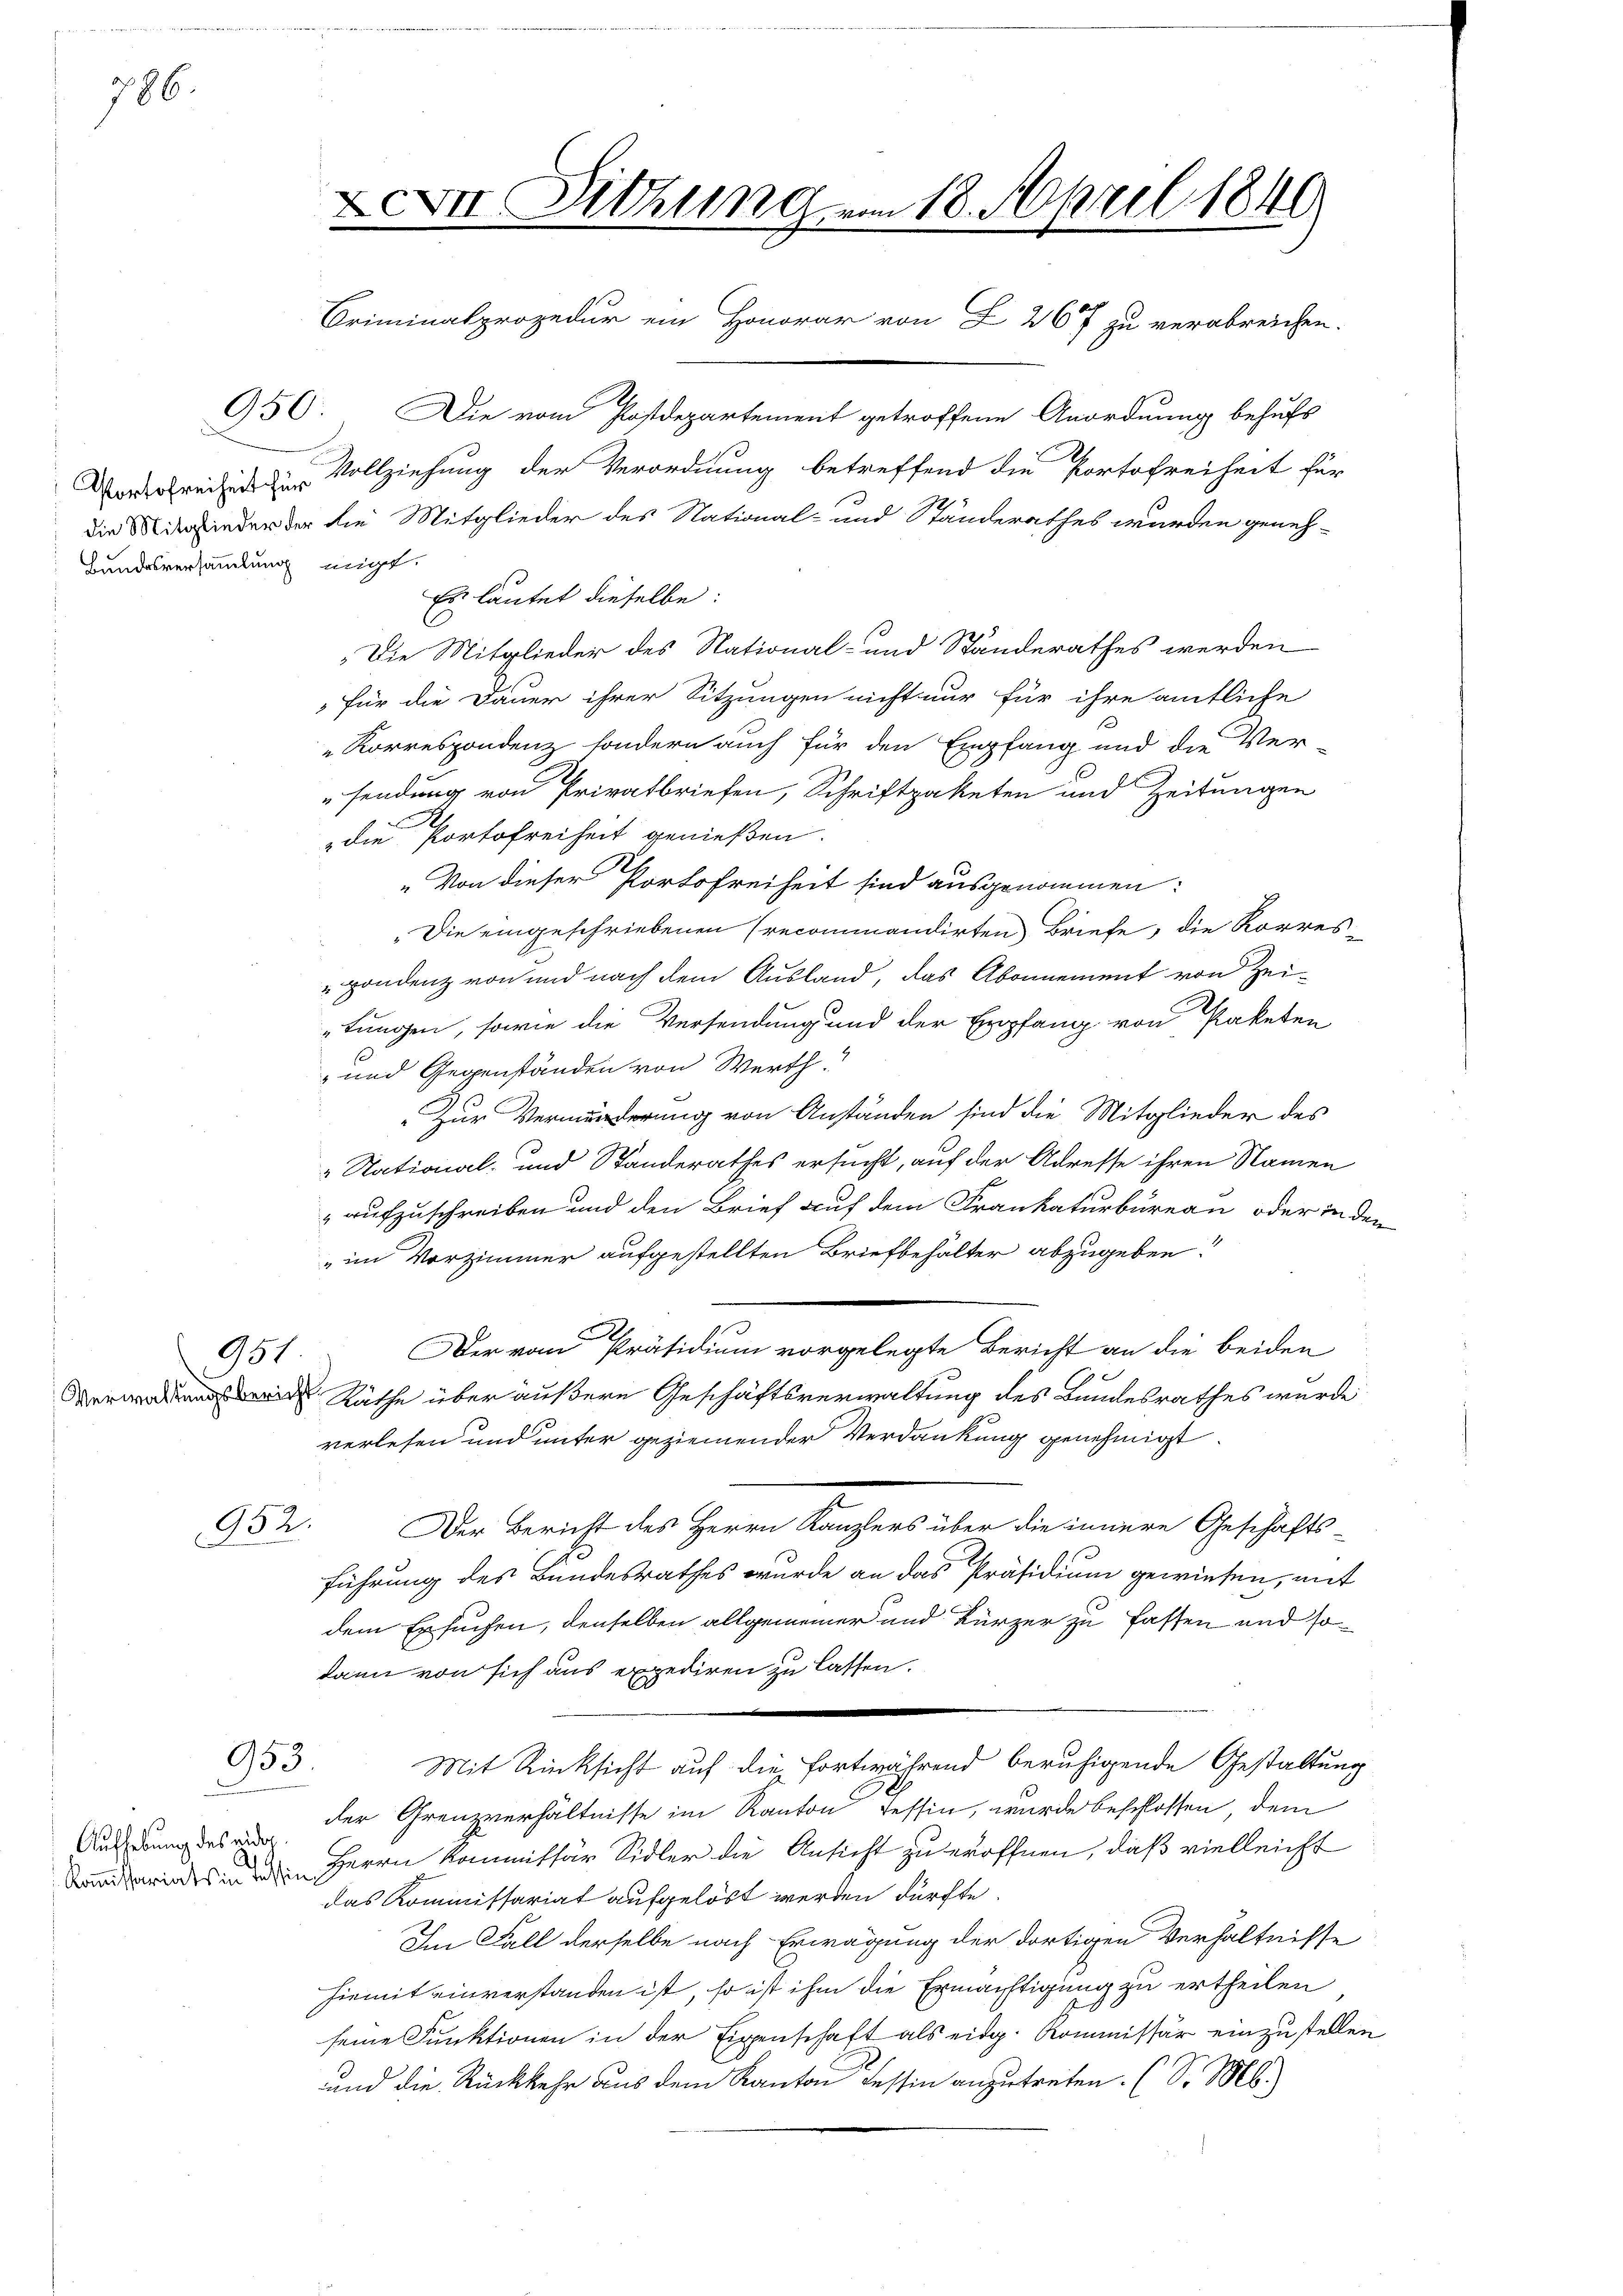
786.

Bundesversammlung neigt.

951

952.

953.

Aufhebung des eidg
a

950. Die vom Postdepartement getroffene Anordnung behufs
Vorfreie Vollziehung der Verordnung betreffend die Portofreiheit für
Die Mitglieder der die Mitglieder des National- und Ständerathes wurden geneh-
Es lautet dieselbe:
Die Mitglieder des National- und Ständerathes werden
für die Dauer ihrer Sitzungen nicht nur für ihre amtliche
Korrespondenz sondern auch für den Empfang und die Ver-
sendung von Privatbriefen, Schriftpaketen und Zeitungen
die Portofreiheit genießen.
„Von dieser Portofreiheit sind ausgenommen:
„Die eingeschriebenen recommandirten Briefe, die Korres-
"pondenz von und nach dem Ausland, das Abonnement von Zei-
tungen, sowie die Versendung und der Empfang von Paketen
- und Gegenständen von Werth.
„Zur Vermörderung von Anständen sind die Mitglieder des
i
 Stational- und Standerathes ersucht, auf der Adresse ihren Namen
aufzuschreiben und den Brief auf dem Frankaturbureau oder in den
im Vorzimmer aufgestellten Briefbehalter abzugeben.
Der vom Präsidium vorgelegte Bericht an die beiden
 Räthe über äußere Geschäftsverwaltung des Bundesrathes wurde
verlesen und unter geziemender Verdankung genehmigt.
Der Bericht des Herrn Kanzlers über die innere Geschäfts-
führung des Bundesrathes wurde an das Präsidium gewiesen, mit
dem Ersuchen, denselben allgemeiner und kürzer zu fassen und sodann von sich aus expediren zu lassen.
Mit Rücksicht auf die fortwährend beruhigende Gestaltung
der Grenzverhältnisse im Kanton Tessin, wurde beschlossen, dem
Brides Herrn Kommissär Sidler die Ansicht zu eröffnen, daß vielleicht
das Kommissariat aufgelöst werden dürfte.
Im Fall derselbe nach Erwägung der dortigen Verhältnisse
hiemit einverstanden ist, so ist ihm die Ermächtigung zu ertheilen
seine Funktionen in der Eigenschaft als eidg. Kommissär einzustellen
und die Rückkehr aus dem Kanton Tessin anzutreten. (S. M.)

& XVII. Sitzung vom 18. April 1840
m
Criminalprozedur ein Honorar von L. 267 zu verabreichen.